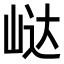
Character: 𭖟